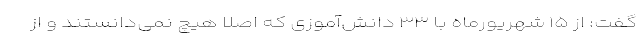
گفت: از ۱۵ شهریورماه با ۳۳ دانش‌آموزی که اصلا هیچ نمی‌دانستند و از